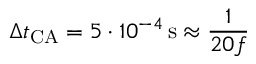
\Delta t _ { \mathrm { C A } } = 5 \cdot 1 0 ^ { - 4 } \, \mathrm { s } \approx \frac { 1 } { 2 0 f }